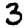
Digit: 3